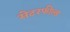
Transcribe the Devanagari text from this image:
सेटरफील्ड